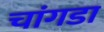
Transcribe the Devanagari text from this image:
चांगडा